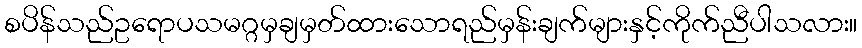
စပိန်သည်ဥရောပသမဂ္ဂမှချမှတ်ထားသောရည်မှန်းချက်များနှင့်ကိုက်ညီပါသလား။